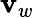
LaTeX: \mathbf{v}_{w}